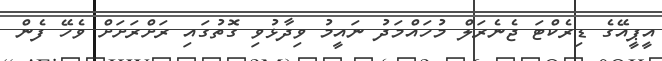
އީޕީއޭގެ ޑިރެކްޓަ ޖެނެރަލް މުހައްމަދު ނައީމު ވިދާޅުވި ގޮތުގައި ރަށްރަށަށް ވެހޭ ފެން